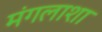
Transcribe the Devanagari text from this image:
मंगलाशा